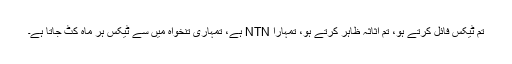
تم ٹیکس فائل کرتے ہو، تم اثاثہ ظاہر کرتے ہو، تمہارا NTN ہے، تمہاری تنخواہ میں سے ٹیکس ہر ماہ کٹ جاتا ہے۔